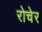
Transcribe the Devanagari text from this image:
रोचेर